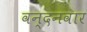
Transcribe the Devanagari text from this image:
वन्‍दनवार